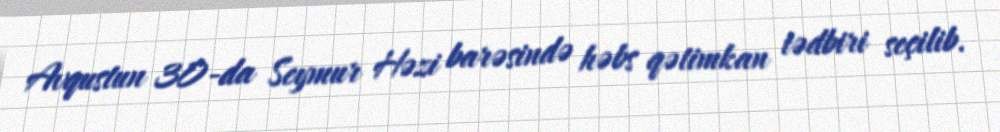
Avqustun 30-da Seymur Həzi barəsində həbs qətimkan tədbiri seçilib.